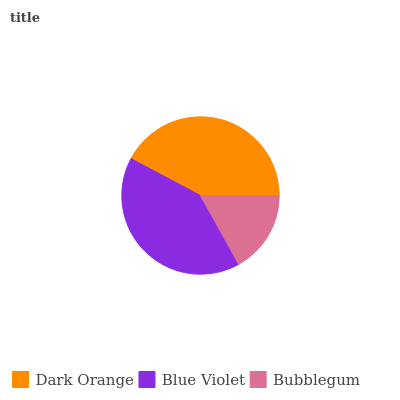
| Dark Orange | Blue Violet | Bubblegum |
 | --- | --- | --- |
 | 42.2% | 40.9% | 16.9% |